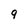
Character: 9